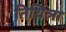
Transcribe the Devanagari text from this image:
तिथिला